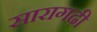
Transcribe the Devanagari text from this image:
सारागढ़ी